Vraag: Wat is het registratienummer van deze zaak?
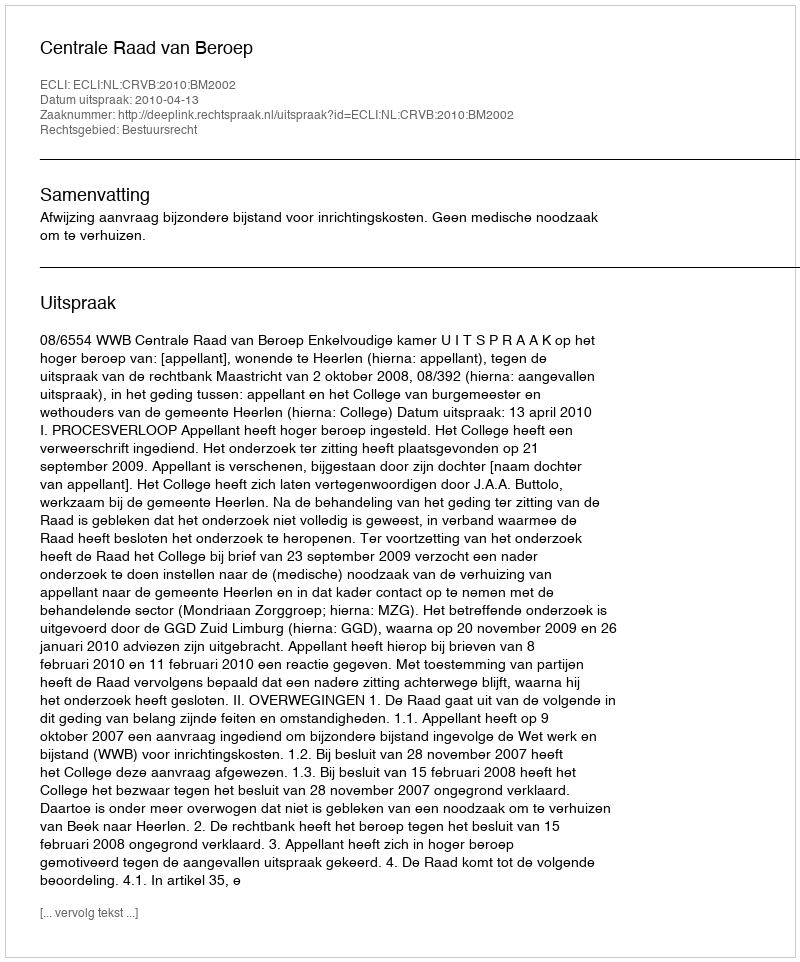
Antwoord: http://deeplink.rechtspraak.nl/uitspraak?id=ECLI:NL:CRVB:2010:BM2002